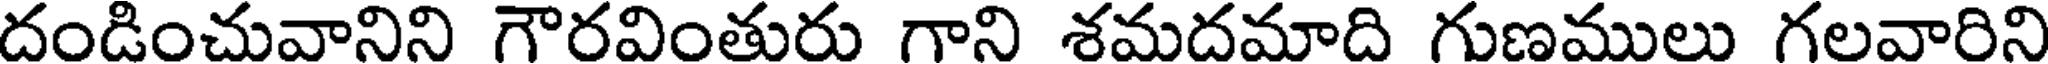
దండించువానిని గౌరవింతురు గాని శమదమాది గుణములు గలవారిని